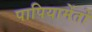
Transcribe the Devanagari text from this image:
पापियामेंतो